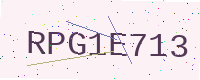
Text: RPG1E713